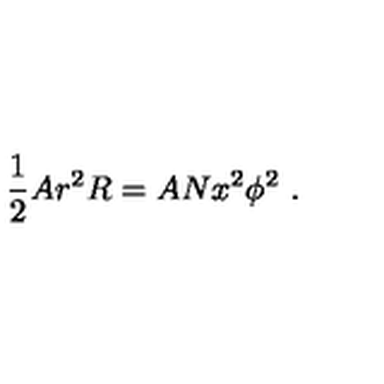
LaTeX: \frac { 1 } { 2 } A r ^ { 2 } R = A N x ^ { 2 } \phi ^ { 2 } \ .